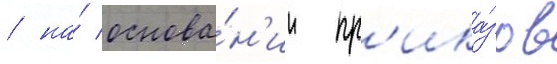
/ на́ основа́н'ии пр'ика́зов